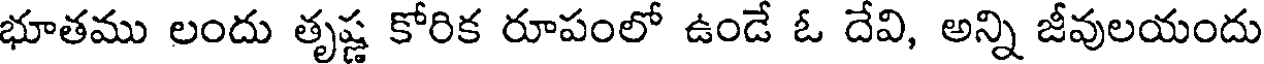
భూతము లందు తృష్ణ కోరిక రూపంలో ఉండే ఓ దేవి, అన్ని జీవులయందు